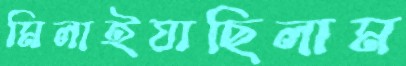
মিলাইয়াছিলাম